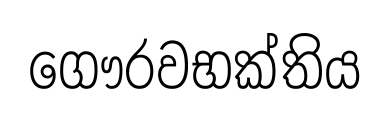
ගෞරවභක්තිය